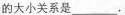
的大小关系是___.